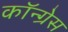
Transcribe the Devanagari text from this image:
कॉन्‍ग्रेस